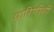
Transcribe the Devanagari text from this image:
धारिणीशी